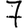
Digit: 7